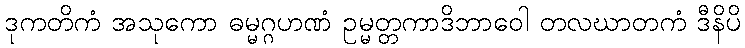
ဒုကတိကံ အသုကော ဓမ္မဂ္ဂဟဏံ ဥမ္မတ္တကာဒိဘာဝေါ တလဃာတကံ ဒီနိပိ